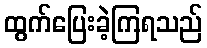
ထွက်ပြေးခဲ့ကြရသည်